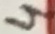
Text: 4